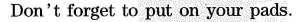
Don't forget to put on your pads.